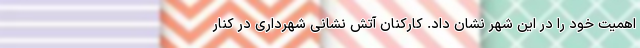
اهمیت خود را در این شهر نشان داد. کارکنان آتش نشانی شهرداری در کنار